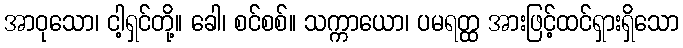
အာဝုသော၊ ငါ့ရှင်တို့။ ခေါ၊ စင်စစ်။ သက္ကာယော၊ ပမရတ္ထ အားဖြင့်ထင်ရှားရှိသော